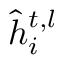
\hat { h } _ { i } ^ { t , l }